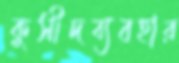
কুসীদব্যবহার